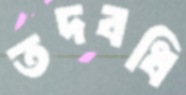
তদবধি